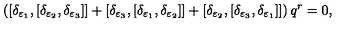
\left( [ \delta _ { \varepsilon _ { 1 } } , [ \delta _ { \varepsilon _ { 2 } } , \delta _ { \varepsilon _ { 3 } } ] ] + [ \delta _ { \varepsilon _ { 3 } } , [ \delta _ { \varepsilon _ { 1 } } , \delta _ { \varepsilon _ { 2 } } ] ] + [ \delta _ { \varepsilon _ { 2 } } , [ \delta _ { \varepsilon _ { 3 } } , \delta _ { \varepsilon _ { 1 } } ] ] \right) q ^ { r } = 0 ,